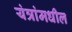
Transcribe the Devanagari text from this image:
यंत्रांमधील